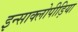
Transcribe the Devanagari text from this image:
इन्साक्लोपीड़िया